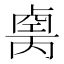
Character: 𠨆